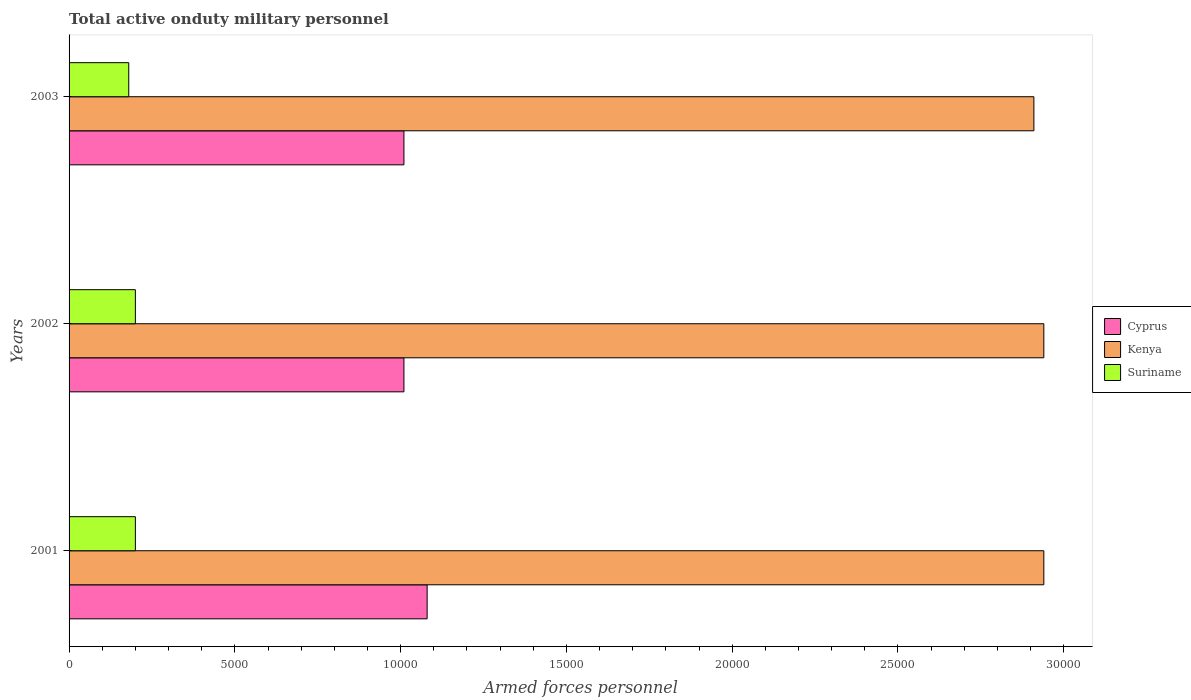
| Years | Cyprus | Kenya | Suriname |
 | --- | --- | --- | --- |
 | 2001 | 1.08e+04 | 2.94e+04 | 2e+03 |
 | 2002 | 1.01e+04 | 2.94e+04 | 2e+03 |
 | 2003 | 1.01e+04 | 2.91e+04 | 1.8e+03 |